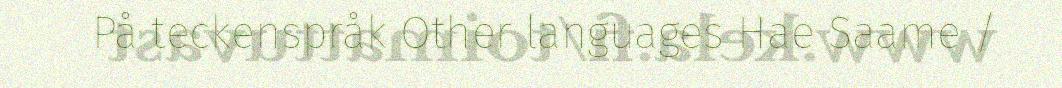
På teckenspråk Other languages Hae Saame /